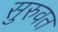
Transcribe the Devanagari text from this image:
सुरुवत